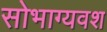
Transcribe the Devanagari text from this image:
सोभाग्यवश